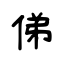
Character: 俤